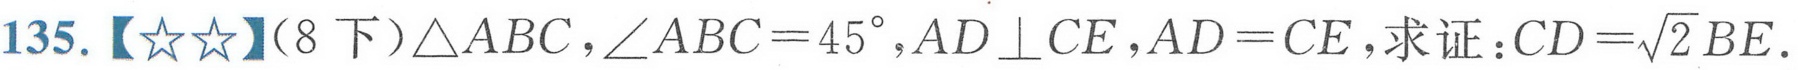
135.【☆☆】（8下）$\triangle ABC，\angle ABC = 45^{\circ},AD\perp CE,AD = CE$，求证：$CD=\sqrt{2}BE$.